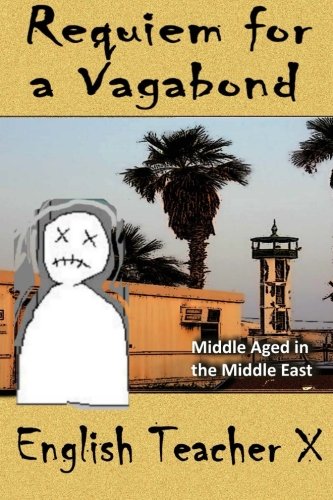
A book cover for Requiem for a Vagabond: Middle Aged in the Middle East (English Teacher X ); English Teacher X; Travel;